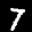
Label: 7